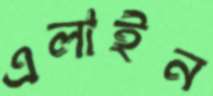
এলাইন